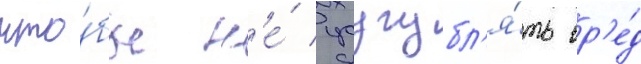
что́бы н'е́ усугубл'я́ть вр'е́д